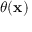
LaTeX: \theta ( \mathbf { x } )